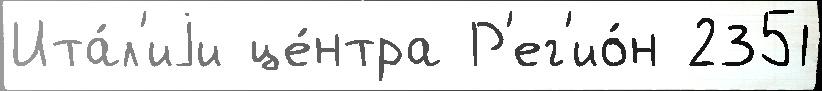
Ита́л'иjи це́нтра Р'ег'ио́н 2351